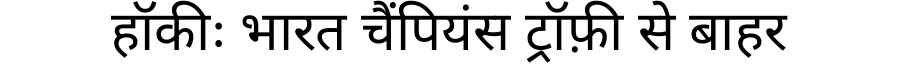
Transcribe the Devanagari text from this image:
हॉकीः भारत चैंपियंस ट्रॉफ़ी से बाहर